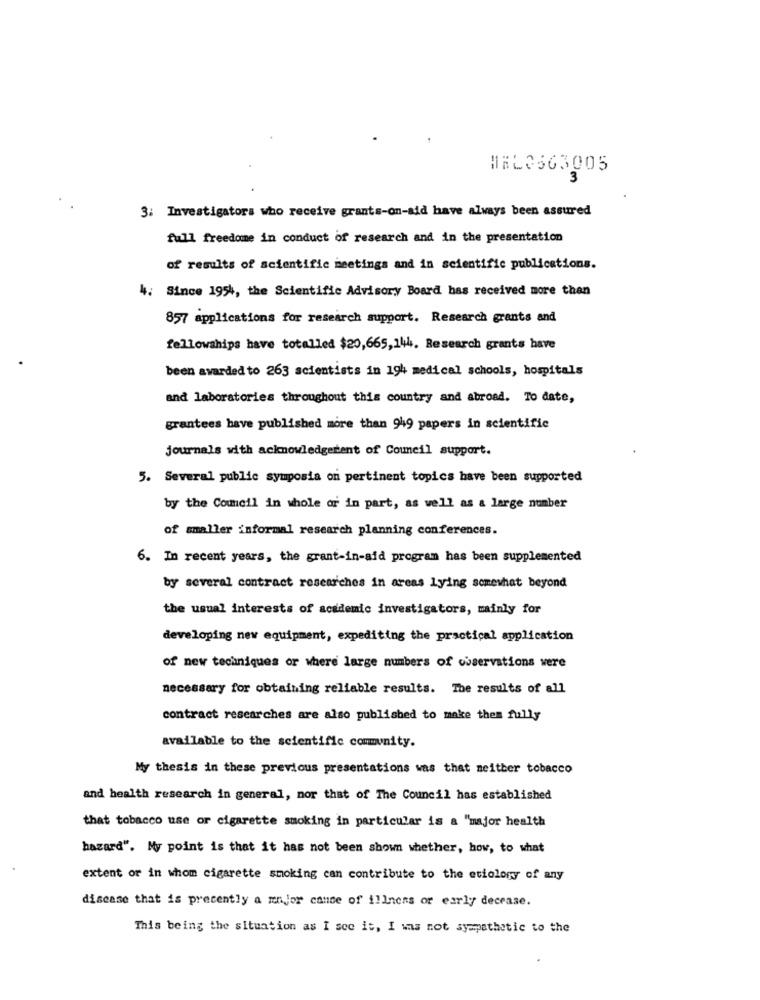
HEL3663005
3
3: Investigators who receive grants-on-aid have always been assured
full freedome in conduct of research and in the presentation
of results of scientific meetings and in scientific publications.
4. Since 1954, the Scientific Advisory Board has received more than
857 applications for research support. Research grants and
fellowships have totalled $20,665,144. Research grants have
been awarded to 263 scientists in 194 medical schools, hospitals
and laboratories throughout this country and abroad. To date,
grantees have published more than 949 papers in scientific
journals with acknowledgerent of Council support.
5. Several public symposia on pertinent topics have been supported
by the Council in whole or in part, as well as a large number
of smaller informal research planning conferences.
6. In recent years, the grant-in-aid program has been supplemented
by several contract researches in areas Lying somewhat beyond
the usual interests of academic investigators, mainly for
developing new equipment, expediting the practical application
of new techniques or where large numbers of observations were
necessary for obtaining reliable results. The results of all
contract researches are also published to make them fully
available to the scientific community.
My thesis in these previous presentations was that neither tobacco
and health research in general, mor that of The Council has established
that tobacco use or cigarette smoking in particular is a "major health
hazard". My point is that it has not been shown whether, how, to what
extent or in whom cigarette smoking can contribute to the etiology of any
disease that is precently a major cance of illness or early decease.
This being the situation as I see it, I was not sympathetic to the